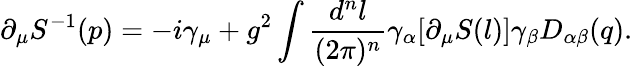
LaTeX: \partial_{\mu}S^{-1}(p)=-i\gamma_{\mu}+g^{2}\int{\frac{d^{n}l}{(2\pi)^{n}}}\gamma_{\alpha}[\partial_{\mu}S(l)]\gamma_{\beta}D_{\alpha\beta}(q).